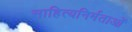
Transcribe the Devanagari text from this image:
साहित्यनिर्मताओं